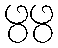
ဖွဖွ